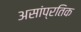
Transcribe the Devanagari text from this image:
असांप्रतिक